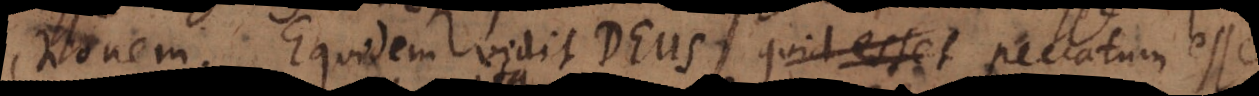
tionem. Equidem vidit Deus quid esset peccatum esse